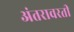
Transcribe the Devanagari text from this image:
अंतरावरती